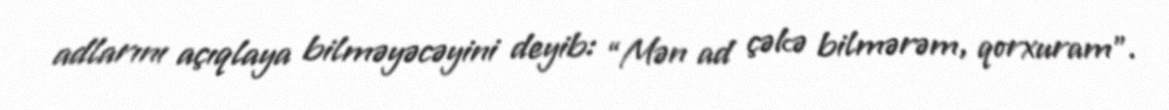
adlarını açıqlaya bilməyəcəyini deyib: “Mən ad çəkə bilmərəm, qorxuram”.